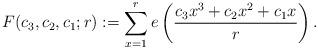
LaTeX: \begin{align*} F(c_3,c_2,c_1;r):=\sum\limits_{x=1}^{r} e\left(\frac{c_3x^3+c_2x^2+c_1x}{r}\right).\end{align*}